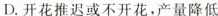
D.开花推迟或不开花，产量降低